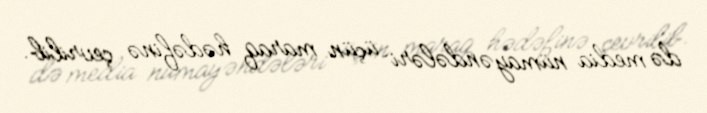
də media nümayəndələri üçün maraq hədəfinə çevrilib.